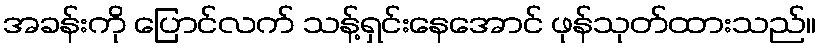
အခန်းကို ပြောင်လက် သန့်ရှင်းနေအောင် ဖုန်သုတ်ထားသည်။